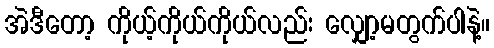
အဲဒီတော့ ကိုယ့်ကိုယ်ကိုယ်လည်း လျှော့မတွက်ပါနဲ့။